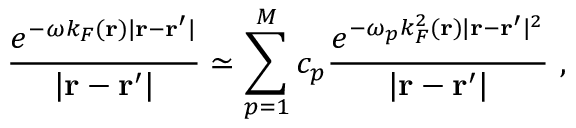
\frac { e ^ { - \omega k _ { F } ( \mathbf { r } ) | \mathbf { r } - \mathbf { r } ^ { \prime } | } } { | \mathbf { r } - \mathbf { r } ^ { \prime } | } \simeq \sum _ { p = 1 } ^ { M } c _ { p } \frac { e ^ { - \omega _ { p } k _ { F } ^ { 2 } ( \mathbf { r } ) | \mathbf { r } - \mathbf { r } ^ { \prime } | ^ { 2 } } } { | \mathbf { r } - \mathbf { r } ^ { \prime } | } \ ,